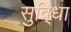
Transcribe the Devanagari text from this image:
सुवि्धा